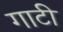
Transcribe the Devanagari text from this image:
गाटी